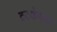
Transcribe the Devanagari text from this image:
टटकेपन